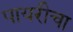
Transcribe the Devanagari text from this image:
पायरीचा